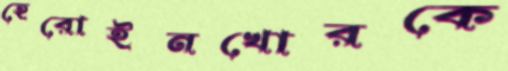
হেরোইনখোরকে